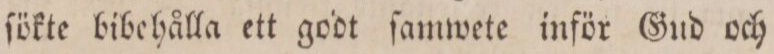
ſökte bibehålla ett godt ſamwete inför Gud och